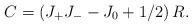
LaTeX: \begin{align*} C &=\left(J_{+}J_{-}-J_{0}+1/2\right)R.\end{align*}